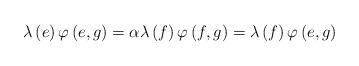
LaTeX: \begin{align*}\lambda\left( e\right) \varphi\left( e,g\right) =\alpha\lambda\left(f\right) \varphi\left( f,g\right) =\lambda\left( f\right) \varphi\left(e,g\right)\end{align*}